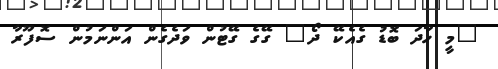
"މީ ހާދަ ބޮޑު ގެއެކޭ ދޯ" ގޭގެ ގޭޓުން ވަދެގެން އަންނަމުން ސޮފޫރާ